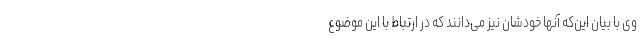
وی با بیان این‌که آنها خودشان نیز می‌دانند که در ارتباط با این موضوع